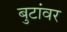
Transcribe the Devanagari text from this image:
बुटांवर